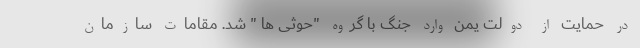
در حمایت از دولت یمن وارد جنگ با گروه "حوثی ها " شد. مقامات سازمان